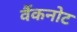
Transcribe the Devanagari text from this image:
वैंकनोट